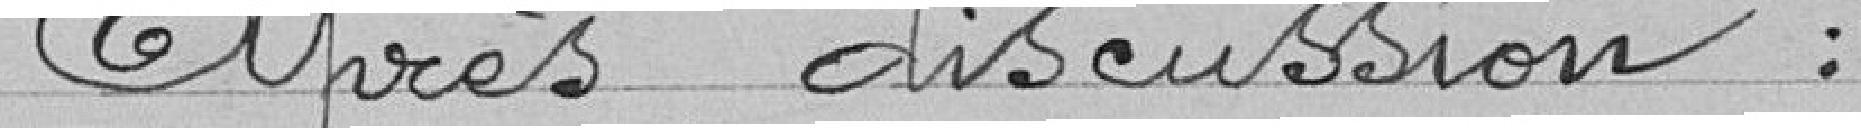
Après discussion :